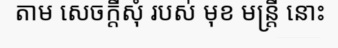
តាម សេចក្តីសុំ របស់ មុខ មន្ត្រី នោះ